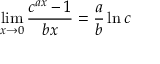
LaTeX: \operatorname* { l i m } _ { x \to 0 } { \frac { c ^ { a x } - 1 } { b x } } = { \frac { a } { b } } \ln c